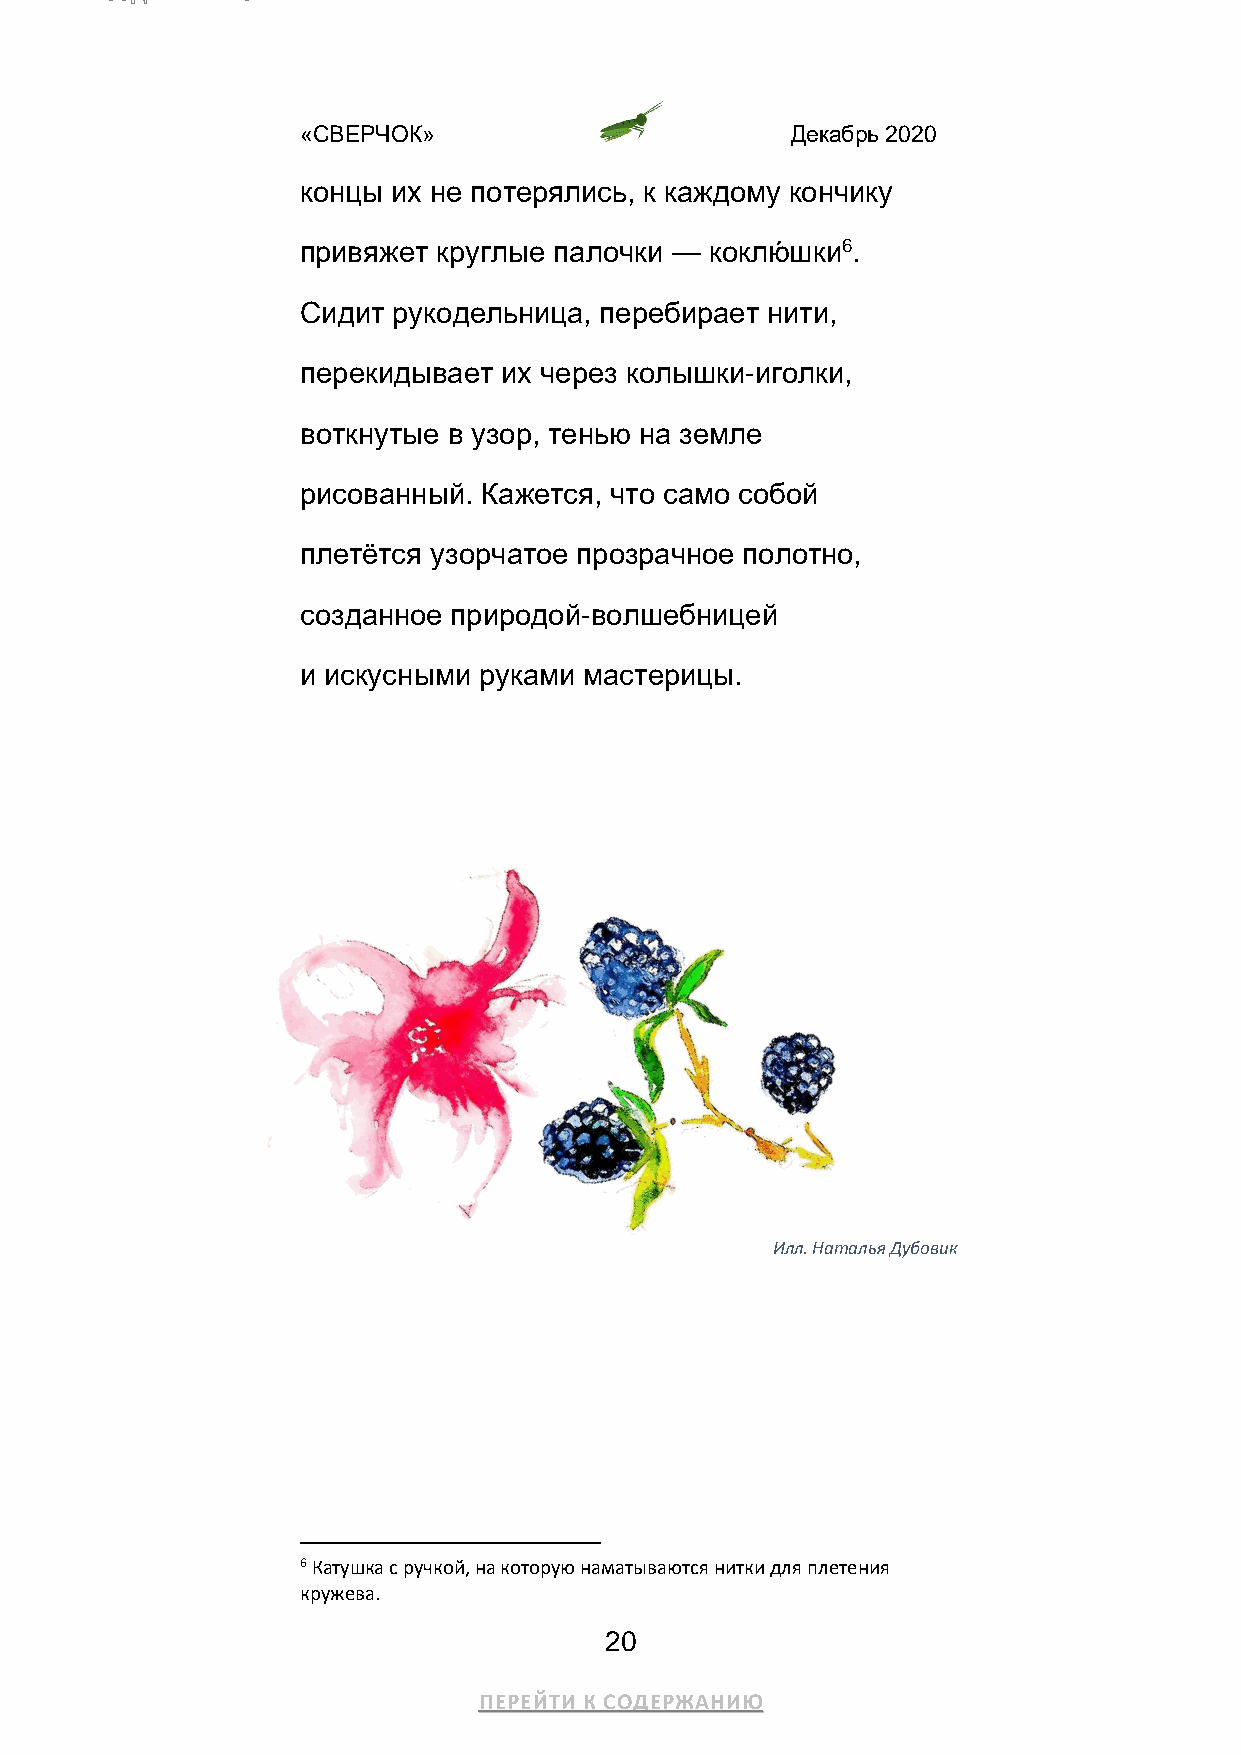
«СВЕРЧОК»                       Декабрь 2020
 концы их не потерялись, к каждому кончику
 привяжет круглые палочки — коклю́ шки6.
 Сидит рукодельница, перебирает нити,
 перекидывает их через колышки-иголки,
 воткнутые в узор, тенью на земле
 рисованный. Кажется, что само собой
 плетётся узорчатое прозрачное полотно,
 созданное природой-волшебницей
 и искусными руками мастерицы.
 Илл. Наталья Дубовик
 6 Катушка с ручкой, на которую наматываются нитки для плетения
 кружева.
 20
 ПЕРЕЙТИ К СОДЕРЖАНИЮ